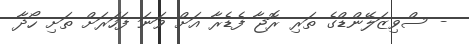
- ސްވިޒަލޭންޑްގެ ތަރި ރޮޖާ ފެޑެރާ އަށް ވަނަ ފަހަރަށް ތަށި ހޯދާ